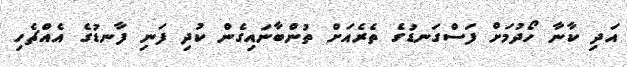
އަދި ކާނާ ހޯދުމަށް ފަސްގަނޑުގެ ތެރެއަށް ތުންބާނައިގެން ކުދި ފަނި ފާނޑުގެ އެއްޗެހި